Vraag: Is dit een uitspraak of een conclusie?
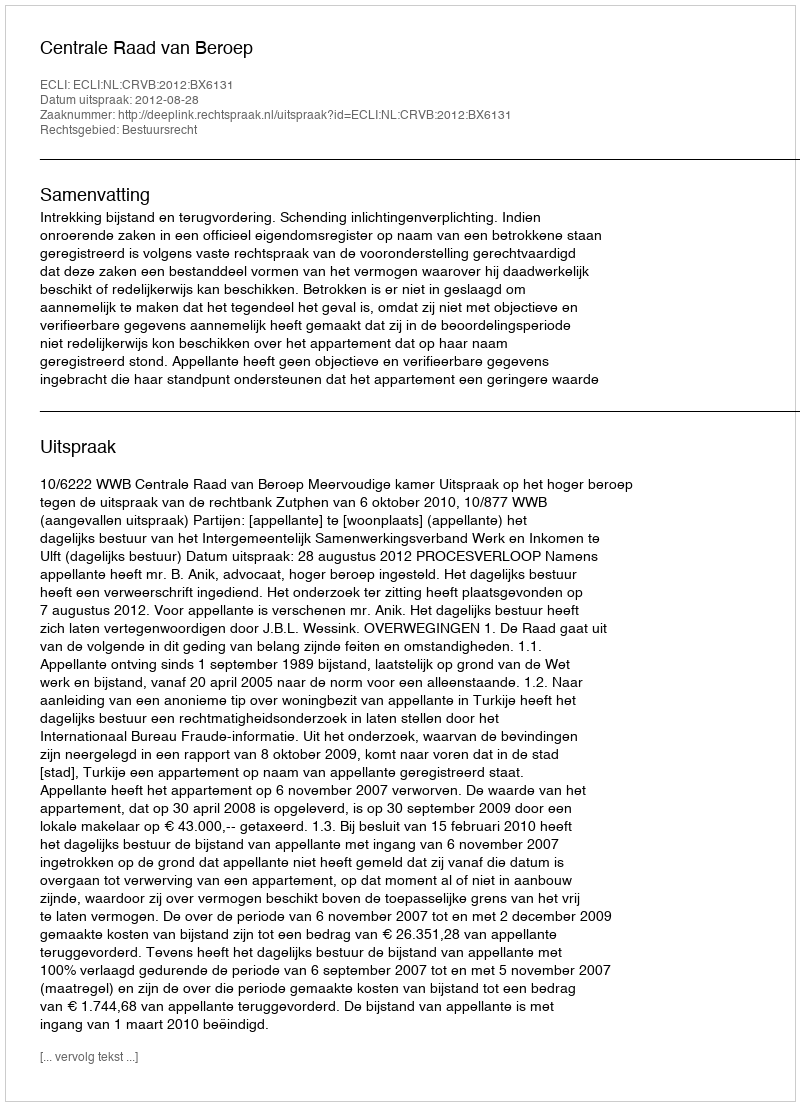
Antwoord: Uitspraak